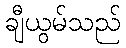
ချီယွမ်သည်